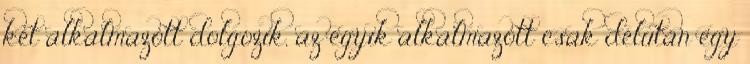
két alkalmazott dolgozik, az egyik alkalmazott csak délután egy